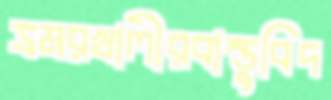
ভ্রমরখালীরবাস্তুবিদ